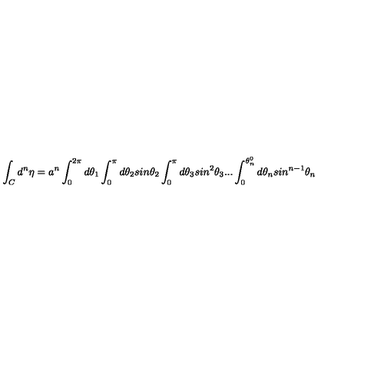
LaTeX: \int _ { C } { d ^ { n } } { \eta } = a ^ { n } \int _ { 0 } ^ { 2 \pi } d \theta _ { 1 } \int _ { 0 } ^ { \pi } d \theta _ { 2 } s i n \theta _ { 2 } \int _ { 0 } ^ { \pi } d \theta _ { 3 } s i n ^ { 2 } \theta _ { 3 } . . . \int _ { 0 } ^ { \theta _ { n } ^ { 0 } } d \theta _ { n } s i n ^ { n - 1 } \theta _ { n }